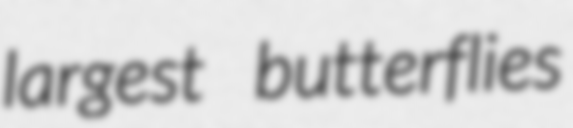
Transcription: largest butterflies